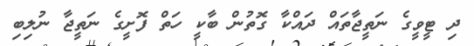
ދި ޓީވީގެ ނަތީޖާތައް ދައްކާ ގޮތުން ބާކީ ހަތް ފޮށީގެ ނަތީޖާ ނުލިބި